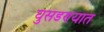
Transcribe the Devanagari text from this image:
घुसडण्यात